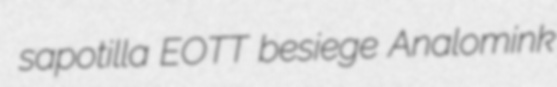
sapotilla EOTT besiege Analomink